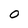
Character: 0